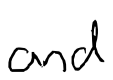
Text: and
Cross-out: clean
Writing tool: digital_black